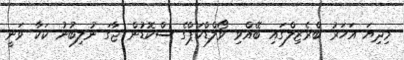
މިދިޔަ އަހަރު ބްރެޒިލްގައި ބޭއްވި ވޯލްޑްކަޕްގެ ސްކޮޑުން ޖާގަ ނުލިބުނު ކަކާ ވަނީ